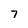
Character: 7